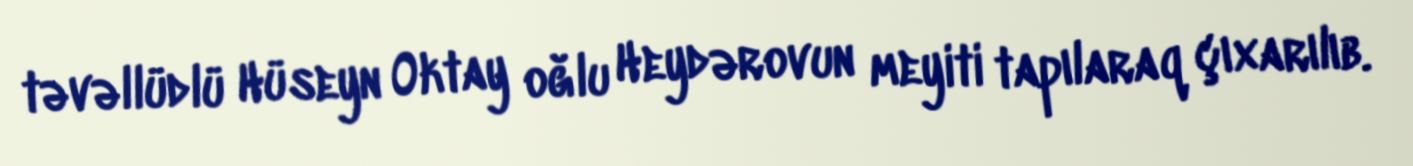
təvəllüdlü Hüseyn Oktay oğlu Heydərovun meyiti tapılaraq çıxarılıb.